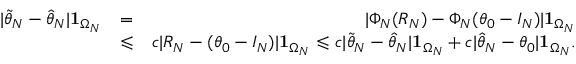
\begin{array} { r l r } { | \widetilde \theta _ { N } - \widehat \theta _ { N } | \mathbf 1 _ { \Omega _ { N } } } & { = } & { | \Phi _ { N } ( R _ { N } ) - \Phi _ { N } ( \theta _ { 0 } - I _ { N } ) | \mathbf 1 _ { \Omega _ { N } } } \\ & { \leqslant } & { \mathfrak c | R _ { N } - ( \theta _ { 0 } - I _ { N } ) | \mathbf 1 _ { \Omega _ { N } } \leqslant \mathfrak c | \widetilde \theta _ { N } - \widehat \theta _ { N } | \mathbf 1 _ { \Omega _ { N } } + \mathfrak c | \widehat \theta _ { N } - \theta _ { 0 } | \mathbf 1 _ { \Omega _ { N } } . } \end{array}